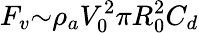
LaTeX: F_{v}{\sim}{\rho}_{a}V_{0}^{2}{\pi}R_{0}^{2}C_{d}